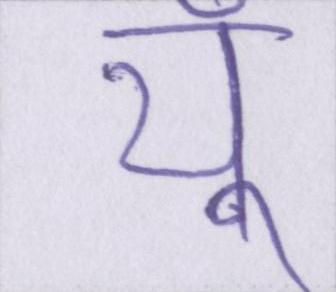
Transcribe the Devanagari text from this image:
यूँ